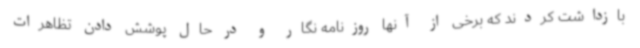
بازداشت کردند که برخی از آنها روزنامه نگار و در حال پوشش دادن تظاهرات